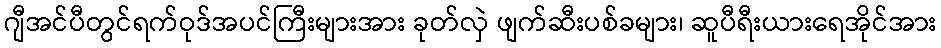
ဂျီအင်ပီတွင်ရက်ဝုဒ်အပင်ကြီးများအား ခုတ်လှဲ ဖျက်ဆီးပစ်ခများ၊ ဆူပီရီးယားရေအိုင်အား